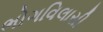
ભોગવિલાસી